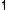
1